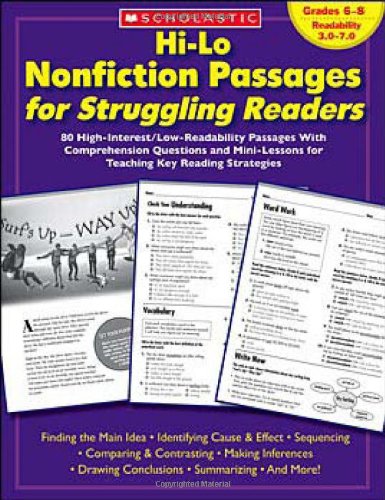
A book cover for Hi-Lo Nonfiction Passages for Struggling Readers: Grades 6EE8: 80 High-Interest/Low-Readability Passages With Comprehension Questions and Mini-Lessons for Teaching Key Reading Strategies; Scholastic Teaching Resources; Reference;